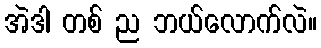
အဲဒါ တစ် ည ဘယ်လောက်လဲ။